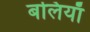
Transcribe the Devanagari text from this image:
बलियाँ